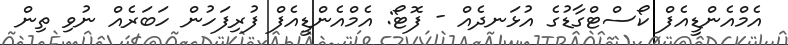
އެމްއެންޑީއެފް ކޯސްޓްގާޑުގެ އުޅަނދެއް - ފޮޓޯ: އެމްއެންޑީއެފް ފުރިފަހުން ހަބަރެއް ނުވި ތިން